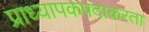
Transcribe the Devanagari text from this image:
प्राध्यापकपदाकरता